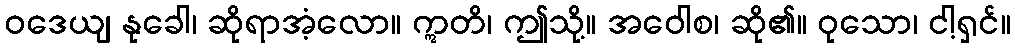
ဝဒေယျ နုခေါ၊ ဆိုရာအံ့လော။ ဣတိ၊ ဤသို့။ အဝေါစ၊ ဆို၏။ ဝုသော၊ ငါ့ရှင်။